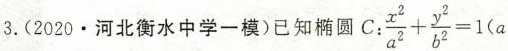
3.(2020 · 河北衡水中学一模)已知椭圆C： $$\frac{x^{2}}{a^{2}} + \frac{y^{2}}{b^{2}} = 1 ( a